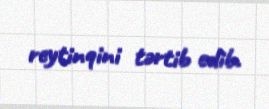
reytinqini tərtib edib.